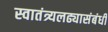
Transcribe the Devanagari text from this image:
स्वातंत्र्यलढ्यासंबंधी